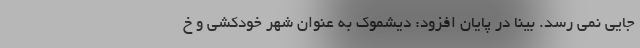
جایی نمی رسد. بینا در پایان افزود: دیشموک به عنوان شهر خودکشی و خ